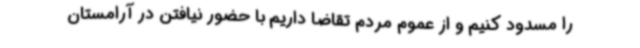
را مسدود کنیم و از عموم مردم تقاضا داریم با حضور نیافتن در آرامستان